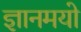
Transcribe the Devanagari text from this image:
ज्ञानमयो